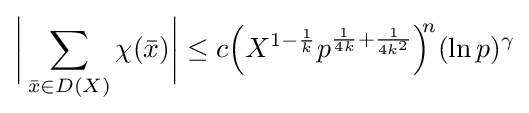
{\biggl |}\sum \limits _{{\bar {x}}\in D(X)}\chi ({\bar {x}}){\biggr |}\leq c{\Bigl (}X^{1-{\frac {1}{k}}}p^{{\frac {1}{4k}}+{\frac {1}{4k^{2}}}}{\Bigr )}^{\!\!n}(\ln p)^{\gamma }